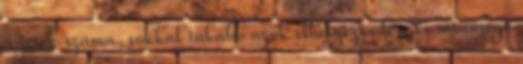
a jetek száma, sokkal inkább azok elhelyezkedése és minősége